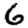
Digit: 6